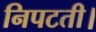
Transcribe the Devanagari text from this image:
निपटती।